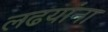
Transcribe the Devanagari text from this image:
लढयांना